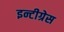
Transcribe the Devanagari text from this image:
इन्टीग्रेस